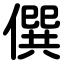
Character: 僎